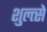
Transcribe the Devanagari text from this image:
शुल्त्से